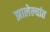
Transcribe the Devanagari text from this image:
झालेल्यांत